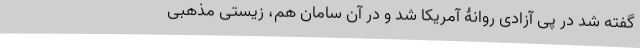
گفته شد در پی آزادی روانۀ آمریکا شد و در آن سامان هم، زیستی مذهبی